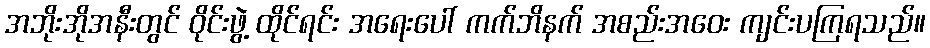
အဘိုးအိုအနီးတွင် ဝိုင်းဖွဲ့ ထိုင်ရင်း အရေးပေါ် ကက်ဘိနက် အစည်းအဝေး ကျင်းပကြရသည်။